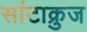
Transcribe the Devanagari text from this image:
सांटाक्रुज